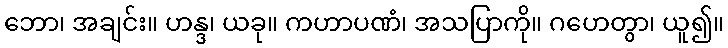
ဘော၊ အချင်း။ ဟန္ဒ၊ ယခု။ ကဟာပဏံ၊ အသပြာကို။ ဂဟေတွာ၊ ယူ၍။